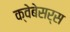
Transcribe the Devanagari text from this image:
क्वेबेसर्स